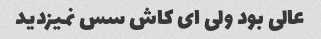
عالی بود ولی ای کاش سس نمیزدید